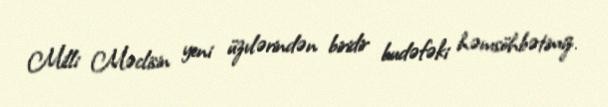
Milli Məclisin yeni üzvlərindən biridir budəfəki həmsöhbətimiz.